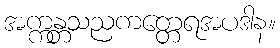
အက္ကန္တသညကတ္တေရအပဒါန။